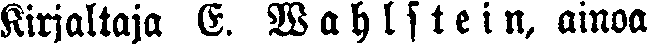
Kirjaltaja E. Wahlstein, ainoa